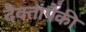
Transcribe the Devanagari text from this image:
दैवतांपैकी